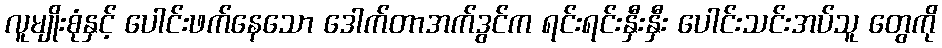
လူမျိုးစုံနှင့် ပေါင်းဖက်နေသော ဒေါက်တာအက်ဒွင်က ရင်းရင်းနှီးနှီး ပေါင်းသင်းအပ်သူ တွေကို